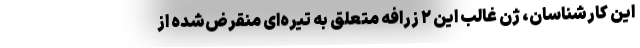
این کارشناسان، ژن غالب این ۲ زرافه متعلق به تیره‌ای منقرض‌شده از